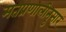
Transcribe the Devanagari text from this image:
मतप्रणालीनुसार